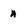
Character: n